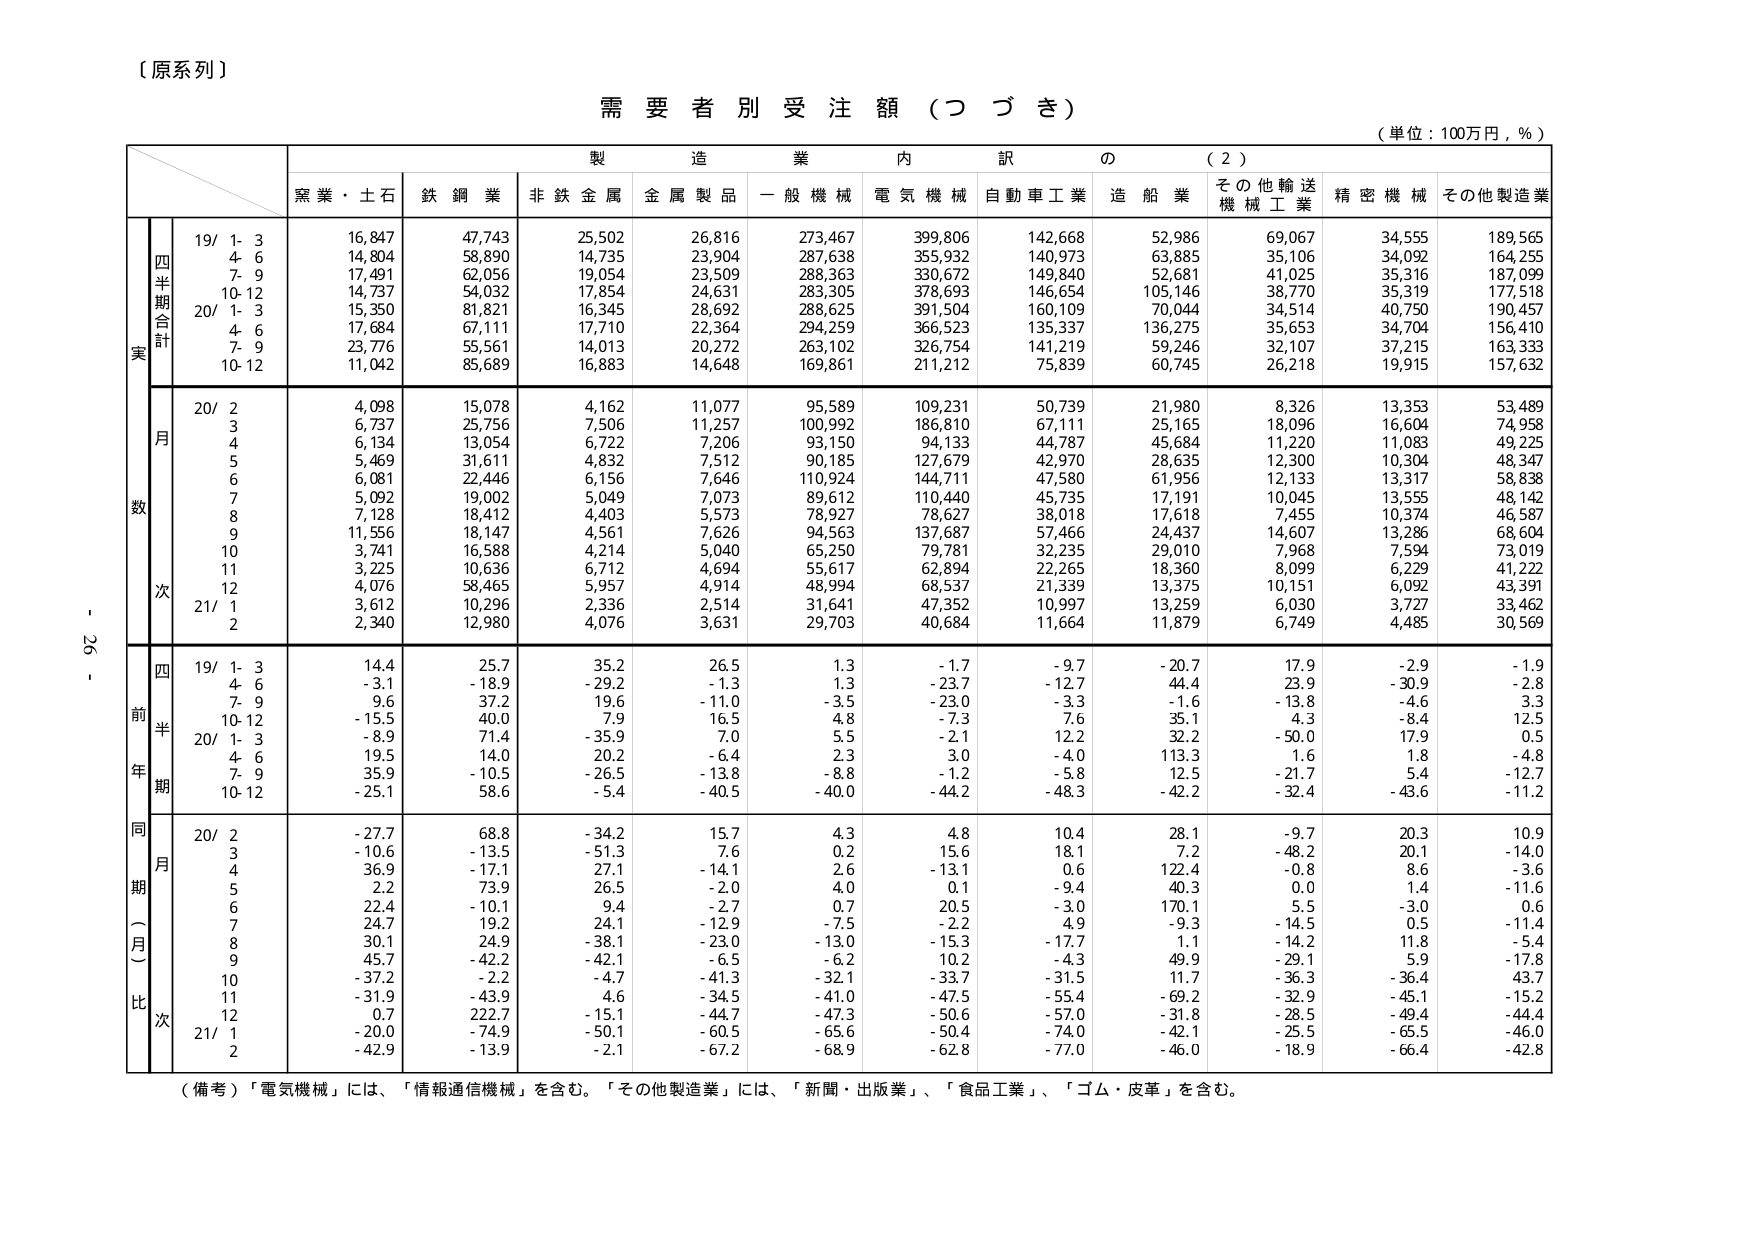
（原系列）

需要者別受注額（つづき）

（単位：100万円，％）

製造業内訳の（2）

黒業・土石　鉄鋼業　非鉄金属　金属製品　一般機械　電気機械　自動車工業　造船業　その他輸送機械工業　精密機械　その他製造業

実数

四半期合計

19/ 1-3　16,847　47,743　25,502　26,816　273,467　399,806　142,668　52,986　69,067　34,555　189,565
　　4-6　14,804　58,890　14,735　23,904　287,638　355,932　140,973　63,885　35,106　34,092　164,255
　　7-9　17,491　62,056　19,054　23,509　288,363　330,672　149,840　52,681　41,025　35,316　187,099
　　10-12　14,737　54,032　17,854　24,631　283,305　378,693　146,654　105,146　38,770　35,319　177,518
20/ 1-3　15,350　81,821　16,345　28,692　288,625　391,504　160,109　70,044　34,514　40,750　190,457
　　4-6　17,684　67,111　17,710　22,364　294,259　366,523　135,337　136,275　35,653　34,704　156,410
　　7-9　23,776　55,561　14,013　20,272　263,102　326,754　141,219　59,246　32,107　37,215　163,333
　　10-12　11,042　85,689　16,883　14,648　169,861　211,212　75,839　60,745　26,218　19,915　157,632

月次

20/ 2　4,098　15,078　4,162　11,077　95,589　109,231　50,739　21,980　8,326　13,353　53,489
　　3　6,737　25,756　7,506　11,257　100,992　186,810　67,111　25,165　18,096　16,604　74,958
　　4　6,134　13,054　6,722　7,206　93,150　94,133　44,787　45,684　11,220　11,083　49,225
　　5　5,469　31,611　4,832　7,512　90,185　127,679　42,970　28,635　12,300　10,304　48,347
　　6　6,081　22,446　6,156　7,646　110,924　144,711　47,580　61,956　12,133　13,317　58,838
　　7　5,092　19,002　5,049　7,073　89,612　110,440　45,735　17,191　10,045　13,555　48,142
　　8　7,128　18,412　4,403　5,573　78,927　78,627　38,018　17,618　7,455　10,374　46,587
　　9　11,556　18,147　4,561　7,626　94,563　137,687　57,466　24,437　14,607　13,286　68,604
　　10　3,741　16,588　4,214　5,040　65,250　79,781　32,235　29,010　7,968　7,594　73,019
　　11　3,225　10,636　6,712　4,694　55,617　62,894　22,265　18,360　8,099　6,229　41,222
　　12　4,076　58,465　5,957　4,914　48,994　68,537　21,339　13,375　10,151　6,092　43,391
21/ 1　3,612　10,296　2,336　2,514　31,641　47,352　10,997　13,259　6,030　3,727　33,462
　　2　2,340　12,980　4,076　3,631　29,703　40,684　11,664　11,879　6,749　4,485　30,569

四前年期

19/ 1-3　14.4　25.7　35.2　26.5　1.3　-1.7　-9.7　-20.7　17.9　-2.9　-1.9
　　4-6　-3.1　-18.9　-29.2　-1.3　1.3　-23.7　-12.7　44.4　23.9　-30.9　-2.8
　　7-9　9.6　37.2　19.6　-11.0　-3.5　-23.0　-3.3　-1.6　-13.8　-4.6　3.3
　　10-12　-15.5　40.0　7.9　16.5　4.8　-7.3　7.6　35.1　4.3　-8.4　12.5
20/ 1-3　-8.9　71.4　-35.9　7.0　5.5　-2.1　12.2　32.2　-50.0　17.9　0.5
　　4-6　19.5　14.0　20.2　-6.4　2.3　3.0　-4.0　113.3　1.6　1.8　-4.8
　　7-9　35.9　-10.5　-26.5　-13.8　-8.8　-1.2　-5.8　12.5　-21.7　5.4　-12.7
　　10-12　-25.1　58.6　-5.4　-40.5　-40.0　-44.2　-48.3　-42.2　-32.4　-43.6　-11.2

同期（月）比次

20/ 2　-27.7　68.8　-34.2　15.7　4.3　4.8　10.4　28.1　-9.7　20.3　10.9
　　3　-10.6　-13.5　-51.3　7.6　0.2　15.6　18.1　7.2　-48.2　20.1　-14.0
　　4　36.9　-17.1　27.1　-14.1　2.6　-13.1　0.6　122.4　-0.8　8.6　-3.6
　　5　2.2　73.9　26.5　-2.0　4.0　0.1　-9.4　40.3　0.0　1.4　-11.6
　　6　22.4　-10.1　9.4　-2.7　0.7　20.5　3.0　170.1　5.5　-3.0　0.6
　　7　24.7　19.2　24.1　-12.9　-7.5　-2.2　4.9　-9.3　-14.5　0.5　-11.4
　　8　30.1　24.9　-38.1　-23.0　-13.0　-15.3　-17.7　1.1　-14.2　11.8　-5.4
　　9　45.7　-42.2　-42.1　-6.5　-6.2　10.2　-4.3　49.9　-29.1　5.9　-17.8
　　10　-37.2　-2.2　-4.7　-41.3　-32.1　-33.7　-31.5　11.7　-36.3　-36.4　43.7
　　11　-31.9　-43.9　4.6　-34.5　-41.0　-47.5　-55.4　-69.2　-32.9　-45.1　-15.2
　　12　0.7　222.7　-15.1　-44.7　-47.3　-50.6　-57.0　-31.8　-28.5　-49.4　-44.4
21/ 1　-20.0　-74.9　-50.1　-60.5　-65.6　-50.4　-74.0　-42.1　-25.5　-65.5　-46.0
　　2　-42.9　-13.9　-2.1　-67.2　-68.9　-62.8　-77.0　-46.0　-18.9　-66.4　-42.8

（備考）「電気機械」には、「情報通信機械」を含む。「その他製造業」には、「新聞・出版業」、「食品工業」、「ゴム・皮革」を含む。